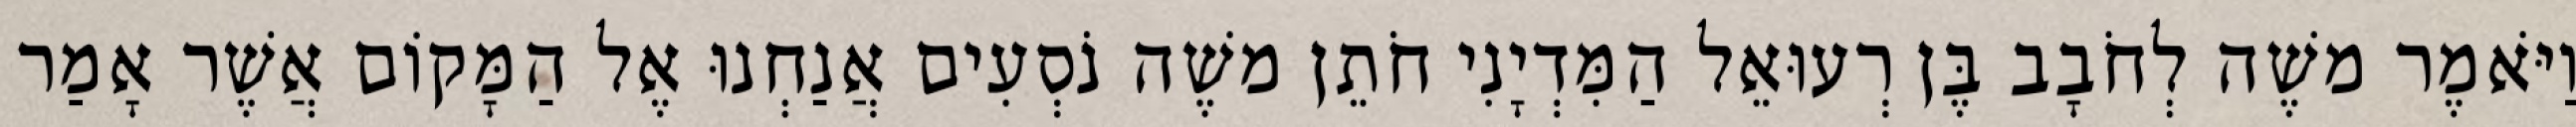
וַיֹּאמֶר משֶׁה לְחֹבָב בֶּן רְעוּאֵל הַמִּדְיָנִי חֹתֵן משֶׁה נֹסְעִים אֲנַחְנוּ אֶל הַמָּקוֹם אֲשֶׁר אָמַר